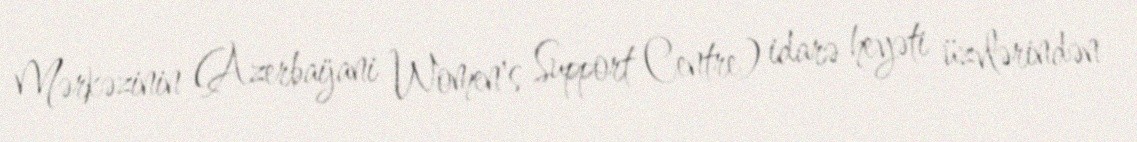
Mərkəzinin (Azerbaijani Women's Support Centre) idarə heyəti üzvlərindən